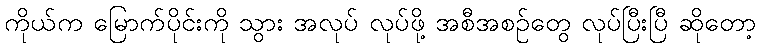
ကိုယ်က မြောက်ပိုင်းကို သွား အလုပ် လုပ်ဖို့ အစီအစဉ်တွေ လုပ်ပြီးပြီ ဆိုတော့